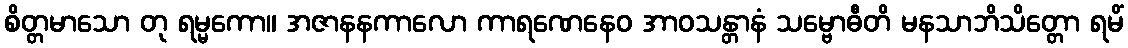
စိတ္တမာသော တု ရမ္မကော။ အဇာနနကာလော ကာရဏေနေဝ အာဝသန္တာနံ သမ္ဗောဓီတိ မနသာဘိသိတ္တော ရမိံ